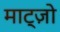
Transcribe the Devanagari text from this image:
माट्ज़ो